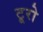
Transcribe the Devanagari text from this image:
टूरो